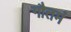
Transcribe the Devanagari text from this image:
गौतमं